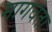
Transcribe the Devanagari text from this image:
मागवता